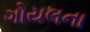
ગોયલના